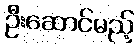
ဦးဆောင်မည့်